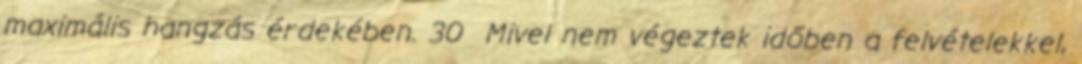
maximális hangzás érdekében. 30 Mivel nem végeztek időben a felvételekkel,